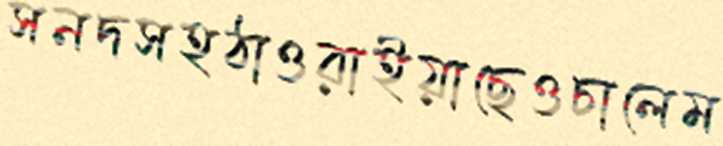
সনদসহঠাওরাইয়াছেওচালেম